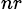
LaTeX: _{nr}